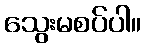
သွေးမစပ်ပါ။